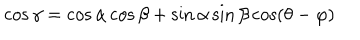
\cos \gamma = \cos \alpha \cos \beta + \sin \alpha \sin \beta \cos ( \theta - \varphi )